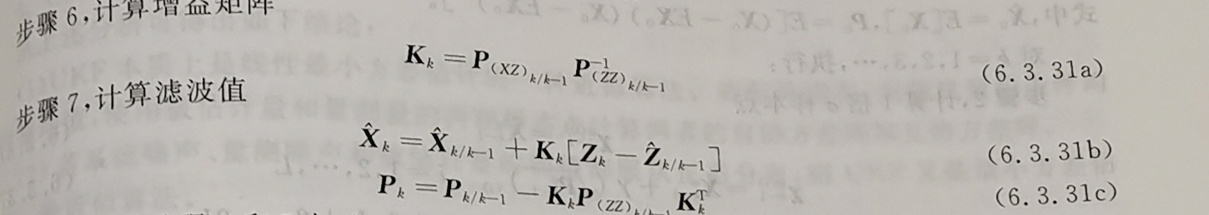
步骤 6, 计算增益矩阵\\
\[\mathbf{K}_k = \mathbf{P}_{(XZ)_{k/k - 1}}\mathbf{P}_{(ZZ)_{k/k - 1}}^{-1} \quad (6.3.31a)\]\\
步骤 7, 计算滤波值\\
\[\hat{\mathbf{X}}_k &= \hat{\mathbf{X}}_{k/k - 1} + \mathbf{K}_k[\mathbf{Z}_k - \hat{\mathbf{Z}}_{k/k - 1}] \quad (6.3.31b)\]\\
\[\mathbf{P}_k &= \mathbf{P}_{k/k - 1} - \mathbf{K}_k\mathbf{P}_{(ZZ)_{k/k - 1}}\mathbf{K}_k^T \quad (6.3.31c)\]